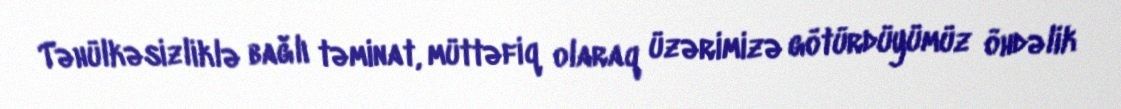
Təhülkəsizliklə bağlı təminat, müttəfiq olaraq üzərimizə götürdüyümüz öhdəlik